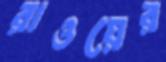
রাওয়ের